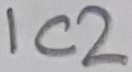
Text: IC2